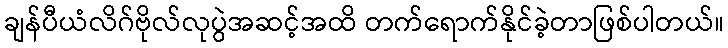
ချန်ပီယံလိဂ်ဗိုလ်လုပွဲအဆင့်အထိ တက်ရောက်နိုင်ခဲ့တာဖြစ်ပါတယ်။